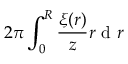
2 \pi \int _ { 0 } ^ { R } \frac { \xi ( r ) } { z } r \mathrm { ~ d ~ } r